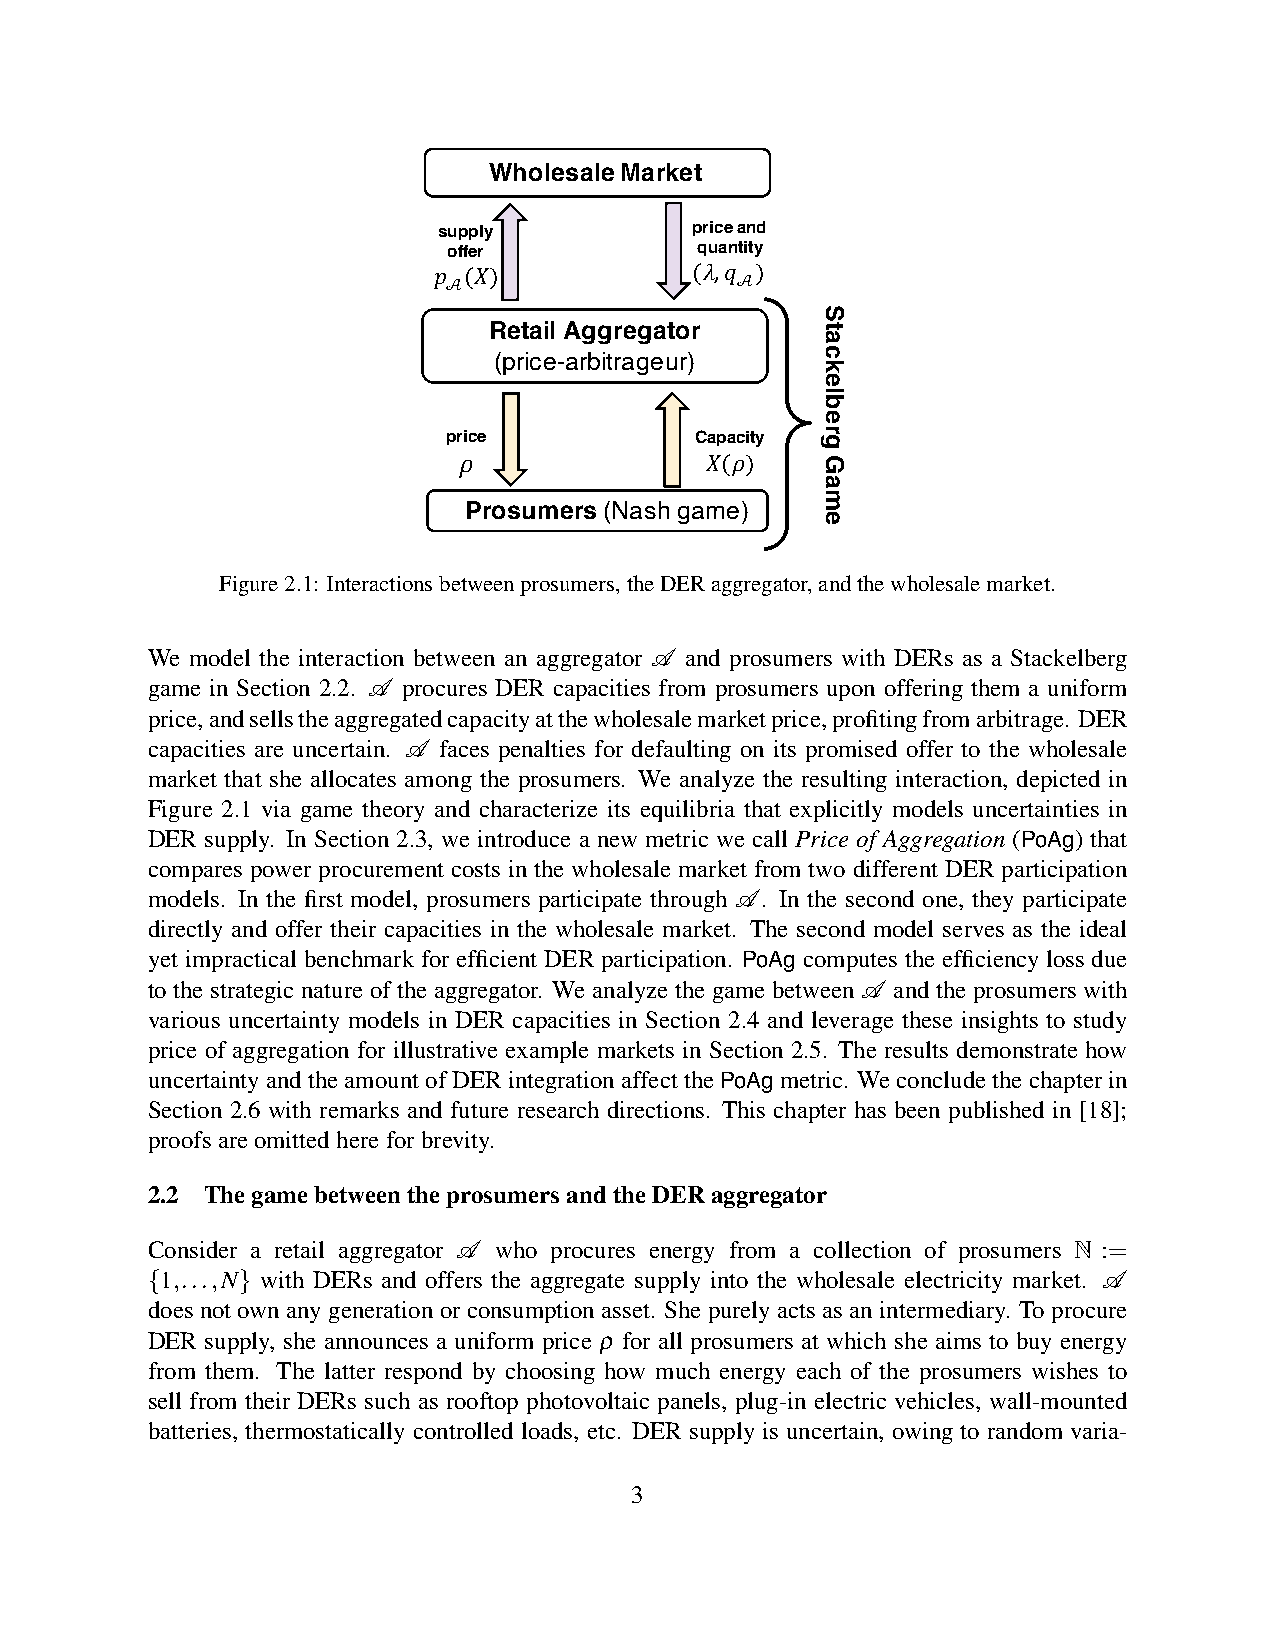
Wholesale Market
 supply           price and
 offer           quantity
 𝑝 (𝑋)            (𝜆,𝑞 )
 𝒜                  𝒜
 Retail Aggregator
 (price-arbitrageur)
 price           Capacity
 𝜌                𝑋(𝜌)
 Prosumers (Nash game)
 Figure2.1: Interactionsbetweenprosumers,theDERaggregator,andthewholesalemarket.
 We model the interaction between an aggregator A and prosumers with DERs as a Stackelberg
 game in Section 2.2. A procures DER capacities from prosumers upon offering them a uniform
 price,andsellstheaggregatedcapacityatthewholesalemarketprice,profitingfromarbitrage. DER
 capacities are uncertain. A faces penalties for defaulting on its promised offer to the wholesale
 market that she allocates among the prosumers. We analyze the resulting interaction, depicted in
 Figure 2.1 via game theory and characterize its equilibria that explicitly models uncertainties in
 DER supply. In Section 2.3, we introduce a new metric we call Price of Aggregation (PoAg) that
 compares power procurement costs in the wholesale market from two different DER participation
 models. In the first model, prosumers participate through A. In the second one, they participate
 directly and offer their capacities in the wholesale market. The second model serves as the ideal
 yet impractical benchmark for efficient DER participation. PoAg computes the efficiency loss due
 to the strategic nature of the aggregator. We analyze the game between A and the prosumers with
 various uncertainty models in DER capacities in Section 2.4 and leverage these insights to study
 price of aggregation for illustrative example markets in Section 2.5. The results demonstrate how
 uncertaintyandtheamountofDERintegrationaffectthePoAgmetric. Weconcludethechapterin
 Section 2.6 with remarks and future research directions. This chapter has been published in [18];
 proofsareomittedhereforbrevity.
 2.2 ThegamebetweentheprosumersandtheDERaggregator
 Consider a retail aggregator A who procures energy from a collection of prosumers N :=
 1,...,N with DERs and offers the aggregate supply into the wholesale electricity market. A
 {     }
 does not own any generation or consumption asset. She purely acts as an intermediary. To procure
 DER supply, she announces a uniform price ρ for all prosumers at which she aims to buy energy
 from them. The latter respond by choosing how much energy each of the prosumers wishes to
 sell from their DERs such as rooftop photovoltaic panels, plug-in electric vehicles, wall-mounted
 batteries, thermostatically controlled loads, etc. DER supply is uncertain, owing to random varia-
 3
 StackelbergGame